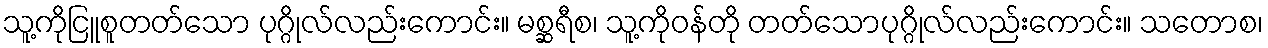
သူ့ကိုငြူစူတတ်သော ပုဂ္ဂိုလ်လည်းကောင်း။ မစ္ဆရီစ၊ သူ့ကိုဝန်တို တတ်သောပုဂ္ဂိုလ်လည်းကောင်း။ သတောစ၊